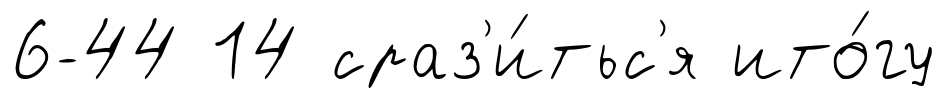
6-44 14 сраз'и́тьс'я ито́гу